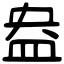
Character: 盎